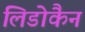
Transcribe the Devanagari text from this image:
लिडोकैन